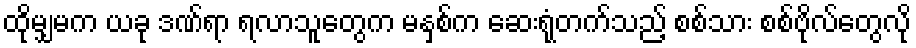
ထိုမျှမက ယခု ဒဏ်ရာ ရလာသူတွေက မနှစ်က ဆေးရုံတက်သည့် စစ်သား စစ်ဗိုလ်တွေလို